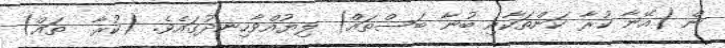
ން (އޭނާ ކުރާ ކަންތަކާއި ބުނާ ބަސްތައް) ލިޔުއްވާހިނދުގައެވެ. (ކުރާ  ތައް)